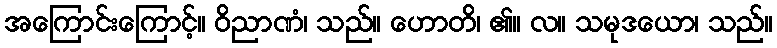
အကြောင်းကြောင့်။ ဝိညာဏံ၊ သည်။ ဟောတိ၊ ၏။ လ။ သမုဒယော၊ သည်။